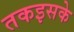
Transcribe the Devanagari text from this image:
तकइसके